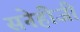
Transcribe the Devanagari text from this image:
सनेहीजी